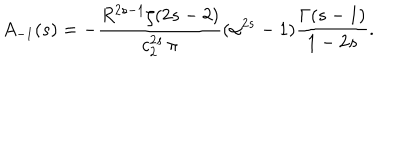
A _ { - 1 } ( s ) = - \frac { R ^ { 2 s - 1 } \zeta ( 2 s - 2 ) } { c _ { 2 } ^ { 2 s } \, \pi } ( \alpha ^ { 2 s } - 1 ) \frac { \Gamma ( s - 1 ) } { 1 - 2 s } .